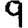
Digit: 9